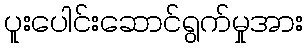
ပူးပေါင်းဆောင်ရွက်မှုအား